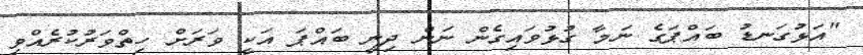
"އަޅުގަނޑު ބައްޕަގެ ނަމާ ގުޅުވައިގެން ނަން ދިނީ ބައްޕަ އަކީ ވަރަށް ހިތްވަރުކުރެއްވި